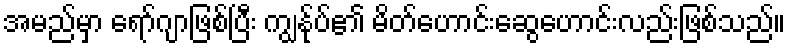
အမည်မှာ ရော်ဂျာဖြစ်ပြီး ကျွန်ုပ်၏ မိတ်ဟောင်းဆွေဟောင်းလည်းဖြစ်သည်။